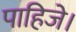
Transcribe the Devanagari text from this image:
पाहिजे।